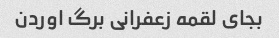
بجای لقمه زعفرانی برگ اوردن